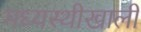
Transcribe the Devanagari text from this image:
मध्यस्थीखाली